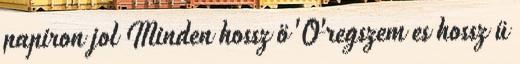
papiron jol Minden hossz ö 'O'regszem es hossz ü